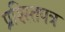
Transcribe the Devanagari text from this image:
प्रश्स्तिपत्र